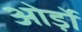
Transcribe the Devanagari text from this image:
ओर्ड़ो